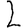
Digit: 2